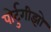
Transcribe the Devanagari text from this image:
पोर्टुगीझो